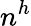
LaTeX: n^{h}